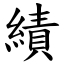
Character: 績